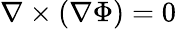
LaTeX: \nabla\times(\nabla\Phi)=0